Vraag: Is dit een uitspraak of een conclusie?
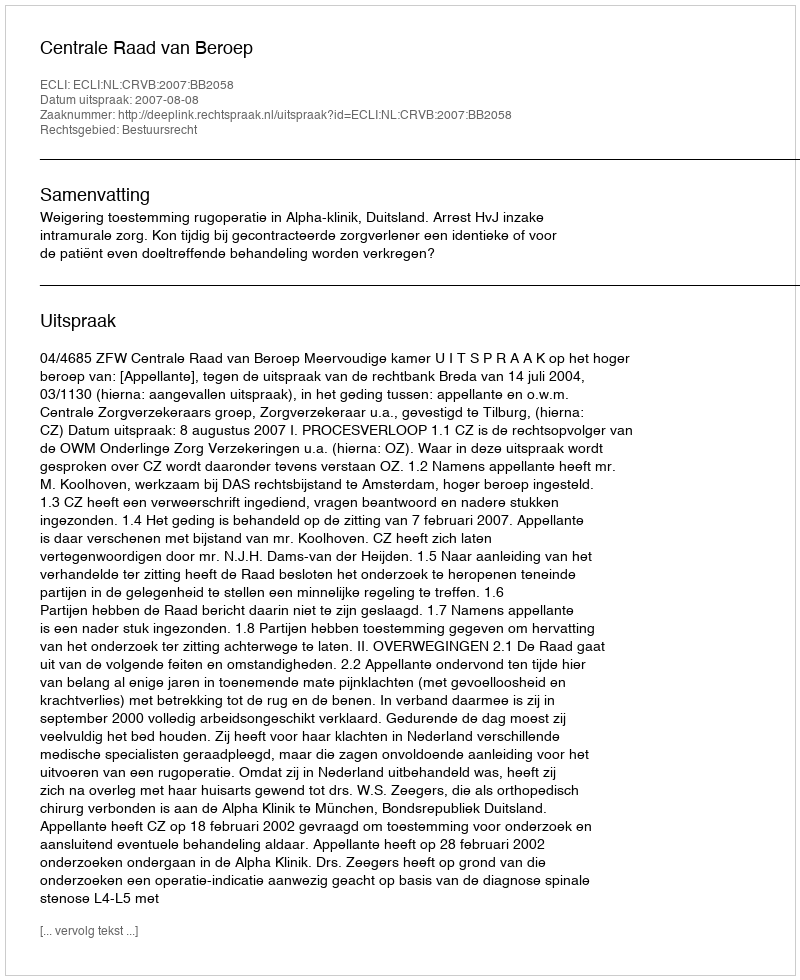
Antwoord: Uitspraak